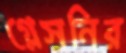
গ্লেসনির